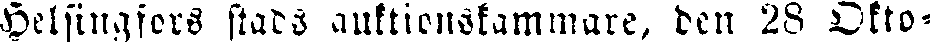
Helsingfors stads auktionskammare, den 28 Okto-